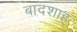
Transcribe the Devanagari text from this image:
बादशाह्